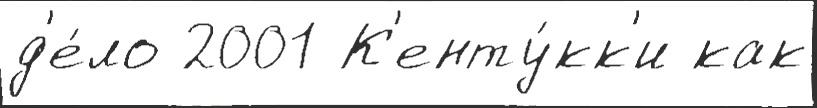
д'е́ло 2001 К'енту́кк'и как